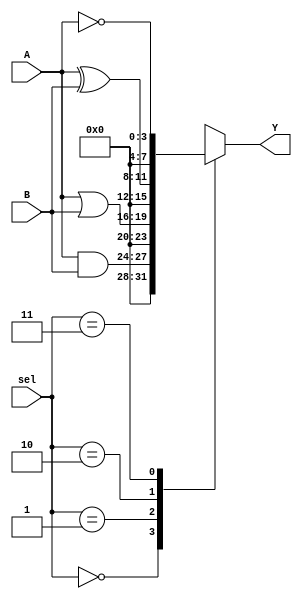
module CombinationalLogicBlock (
    input wire [3:0] A,        // Shared input A
    input wire [3:0] B,        // Shared input B
    input wire [1:0] sel,      // Control signal for output selection
    output wire [7:0] Y        // Output
);

// Intermediate signals for logic functions
wire [3:0] func1, func2, func3, func4;

// Logic function definitions
assign func1 = A & B;        // AND operation
assign func2 = A | B;        // OR operation
assign func3 = A ^ B;        // XOR operation
assign func4 = ~A;           // NOT operation

// Multiplexer to select output based on control signal
always @(*) begin
    case (sel)
        2'b00: Y = {4'b0000, func1}; // Output of func1
        2'b01: Y = {4'b0000, func2}; // Output of func2
        2'b10: Y = {4'b0000, func3}; // Output of func3
        2'b11: Y = {4'b0000, func4}; // Output of func4
        default: Y = 8'b00000000;    // Default case
    endcase
end

endmodule